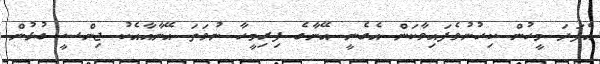
އެފަދަ މީހުން ކިހުނުވެފައިވާކަން އެގެނީ އޭނާގެ ފިރިމީހާ ނުވަތަ އޭނާއާއެކު ޖިންސީ ގުޅުން